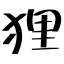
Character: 狸